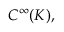
C ^ { \infty } ( K ) ,